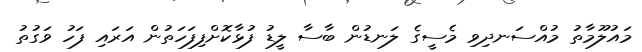
މައުލޫމާތު މުއްސަނދިވި މެސީގެ ލަނޑުން ބާސާ ލީޑު ފުޅާކޮށްފިފަހަތުން އަރައި ފަހު ވަގުތު